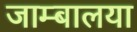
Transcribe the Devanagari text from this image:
जाम्बालया